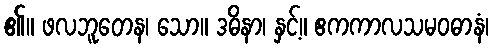
၏။ ဖလဘူတေန၊ သော။ ဒဓိနာ၊ နှင့်။ ဧကကာလသမဝဓာနံ၊